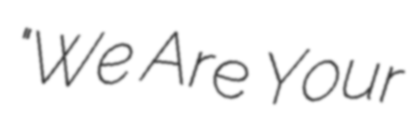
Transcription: "We Are Your